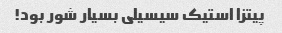
پیتزا استیک سیسیلی بسیار شور بود!